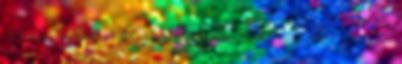
Köszönöm Ewa Fülöp Mihály Kupa, Debrecen - 2013. november